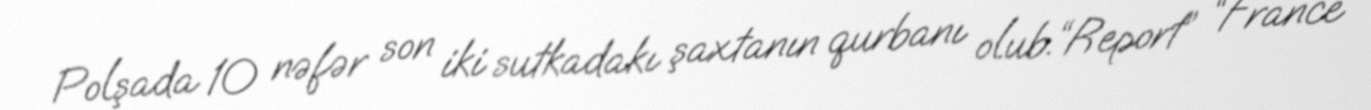
Polşada 10 nəfər son iki sutkadakı şaxtanın qurbanı olub.“Report” “France